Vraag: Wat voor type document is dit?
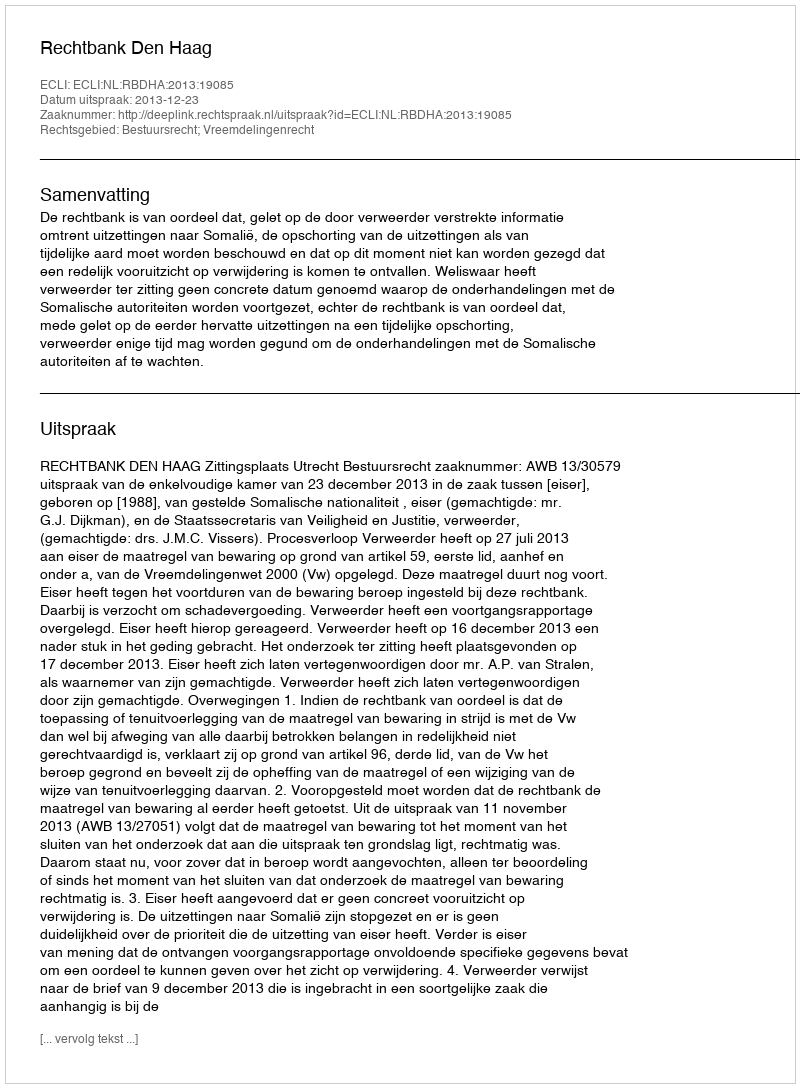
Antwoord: Uitspraak